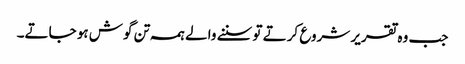
جب و ہ تقریر شروع کرتے تو سننے والے ہمہ تن گوش ہو جاتے۔